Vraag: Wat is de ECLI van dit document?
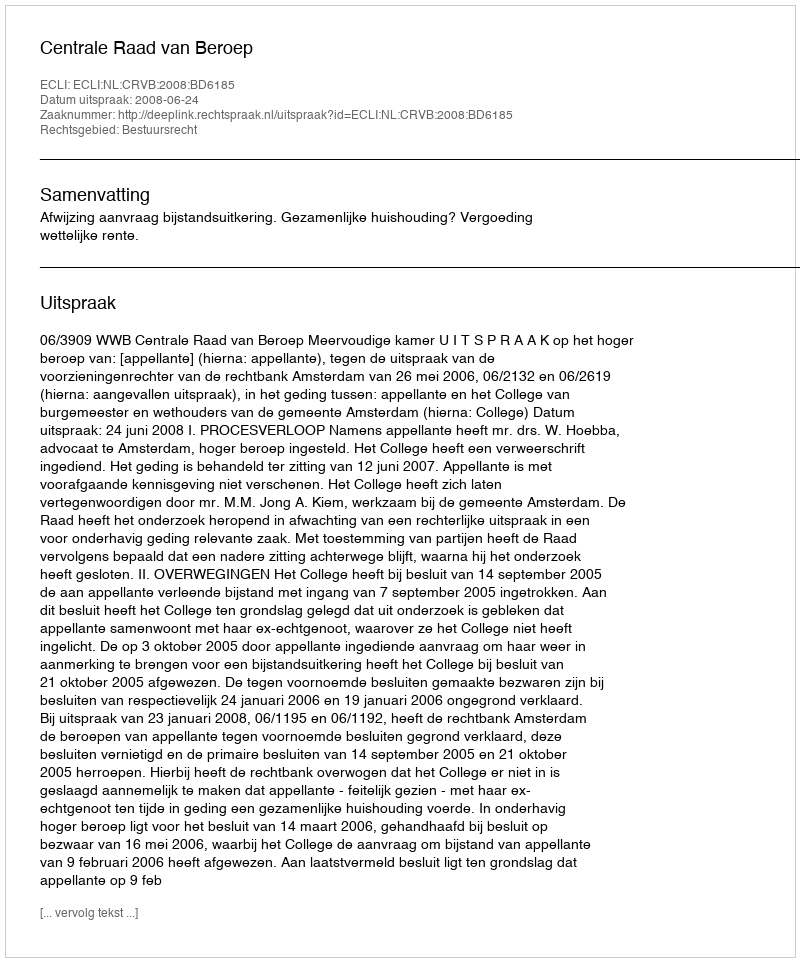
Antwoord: ECLI:NL:CRVB:2008:BD6185